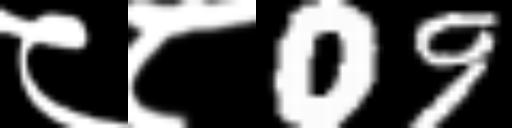
Text: ८८09